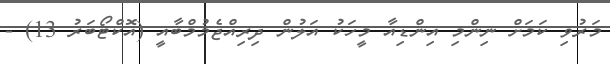
މަރުވި ކަމަށް ނިންމި އިންޑިއާ މީހަކު އަލުން ދިރިއްޖެމުމްބާއީ (އޮކްޓޯބަަރު 13) -